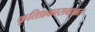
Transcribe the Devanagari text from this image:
कृतिप्रकाराबाबत